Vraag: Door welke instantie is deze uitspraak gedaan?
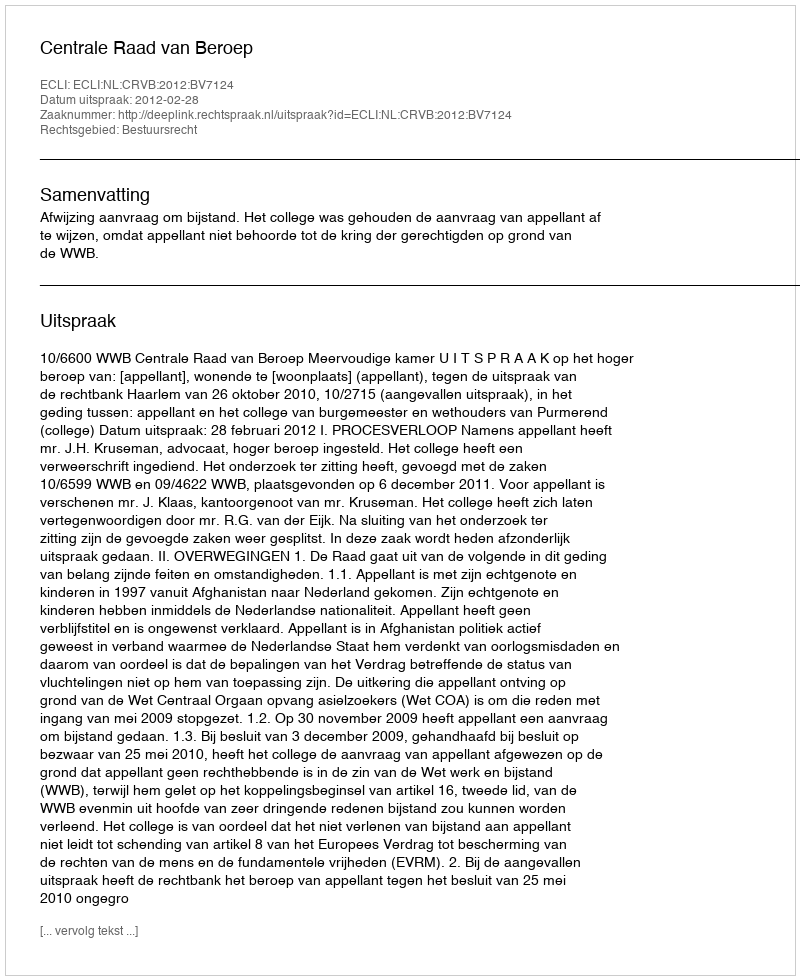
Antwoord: Centrale Raad van Beroep